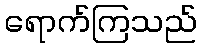
ရောက်ကြသည်